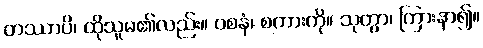
တဿာပိ၊ ထိုသူမ၏လည်း။ ဝစနံ၊ စကားကို။ သုတွာ၊ ကြားနာ၍။